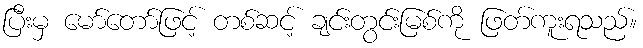
ပြီးမှ မော်တော်ဖြင့် တစ်ဆင့် ချင်းတွင်းမြစ်ကို ဖြတ်ကူးရသည်။